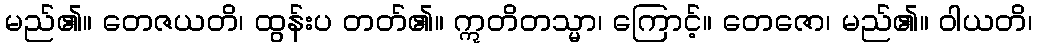
မည်၏။ တေဇယတိ၊ ထွန်းပ တတ်၏။ ဣတိတသ္မာ၊ ကြောင့်။ တေဇော၊ မည်၏။ ဝါယတိ၊